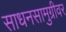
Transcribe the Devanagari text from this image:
साधनसामुग्रीवर